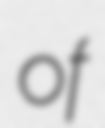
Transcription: of